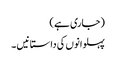
(جاری ہے )
پہلوانوں کی داستانیں ۔